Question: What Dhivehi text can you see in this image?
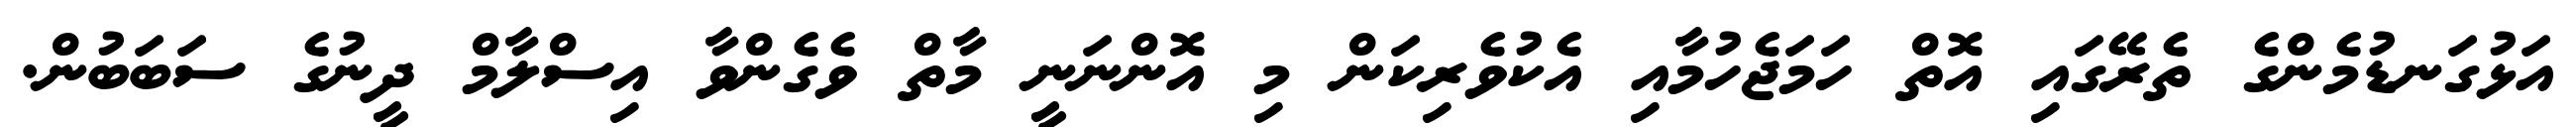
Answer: އަޅުގަނޑުމެންގެ ތެރޭގައި އޮތް ހަމަޖެހުމާއި އެކުވެރިކަން މި އޮންނަނީ މާތް ވެގެންވާ އިސްލާމް ދީނުގެ ސަބަބުން.